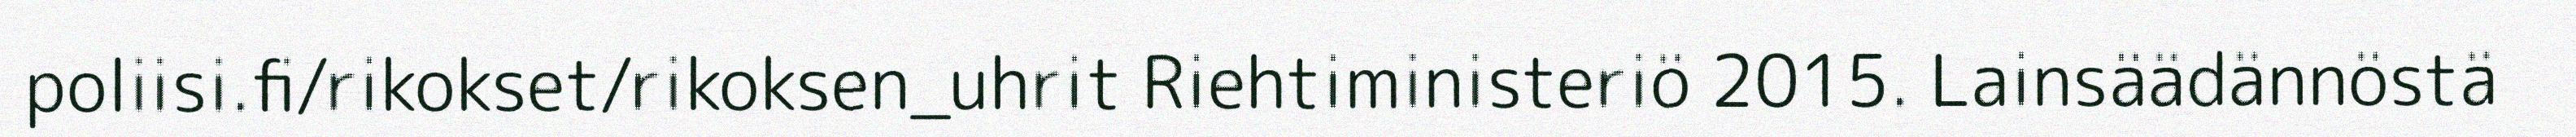
poliisi.fi/rikokset/rikoksen_uhrit Riehtiministeriö 2015. Lainsäädännöstä